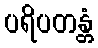
ပရိပတန္တံ